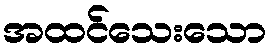
အထင်သေးသော